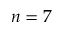
n = 7